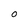
Character: o